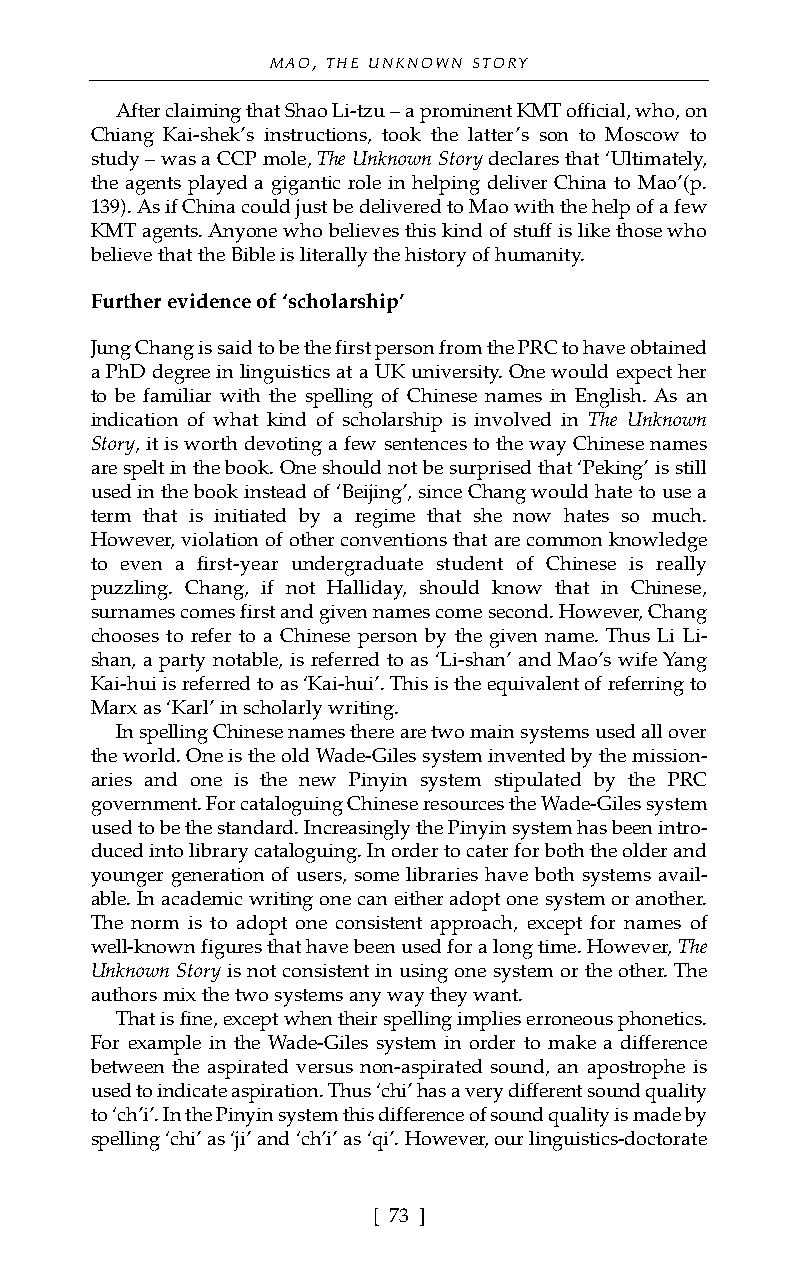
MAO, THE UNKNOWN STORY
 After claiming that Shao Li-tzu – a prominent KMT official, who, on
 Chiang Kai-shek’s instructions, took the latter’s son to Moscow to
 study – was a CCP mole, The Unknown Storydeclares that ‘Ultimately,
 the agents played a gigantic role in helping deliver China to Mao’(p.
 139). As if China could just be delivered to Mao with the help of a few
 KMT agents. Anyone who believes this kind of stuff is like those who
 believe that the Bible is literally the history of humanity.
 Further evidence of ‘scholarship’
 Jung Chang is said to be the first person from the PRC to have obtained
 a PhD degree in linguistics at a UK university. One would expect her
 to be familiar with the spelling of Chinese names in English. As an
 indication of what kind of scholarship is involved in The Unknown
 Story, it is worth devoting a few sentences to the way Chinese names
 are spelt in the book. One should not be surprised that ‘Peking’ is still
 used in the book instead of ‘Beijing’, since Chang would hate to use a
 term that is initiated by a regime that she now hates so much.
 However, violation of other conventions that are common knowledge
 to even a first-year undergraduate student of Chinese is really
 puzzling. Chang, if not Halliday, should know that in Chinese,
 surnames comes first and given names come second. However, Chang
 chooses to refer to a Chinese person by the given name. Thus Li Li-
 shan, a party notable, is referred to as ‘Li-shan’ and Mao’s wife Yang
 Kai-hui is referred to as ‘Kai-hui’. This is the equivalent of referring to
 Marx as ‘Karl’ in scholarly writing.
 In spelling Chinese names there are two main systems used all over
 the world. One is the old Wade-Giles system invented by the mission-
 aries and one is the new Pinyin system stipulated by the PRC
 government. For cataloguing Chinese resources the Wade-Giles system
 used to be the standard. Increasingly the Pinyin system has been intro-
 duced into library cataloguing. In order to cater for both the older and
 younger generation of users, some libraries have both systems avail-
 able. In academic writing one can either adopt one system or another.
 The norm is to adopt one consistent approach, except for names of
 well-known figures that have been used for a long time. However, The
 Unknown Storyis not consistent in using one system or the other. The
 authors mix the two systems any way they want.
 That is fine, except when their spelling implies erroneous phonetics.
 For example in the Wade-Giles system in order to make a difference
 between the aspirated versus non-aspirated sound, an apostrophe is
 used to indicate aspiration. Thus ‘chi’ has a very different sound quality
 to ‘ch’i’. In the Pinyin system this difference of sound quality is made by
 spelling ‘chi’ as ‘ji’ and ‘ch’i’ as ‘qi’. However, our linguistics-doctorate
 [ 73 ]